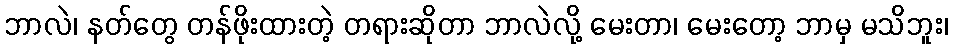
ဘာလဲ၊ နတ်တွေ တန်ဖိုးထားတဲ့ တရားဆိုတာ ဘာလဲလို့ မေးတာ၊ မေးတော့ ဘာမှ မသိဘူး၊